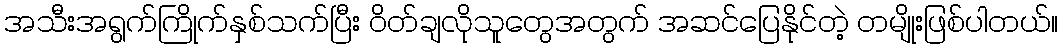
အသီးအရွက်ကြိုက်နှစ်သက်ပြီး ဝိတ်ချလိုသူတွေအတွက် အဆင်ပြေနိုင်တဲ့ တမျိုးဖြစ်ပါတယ်။